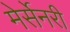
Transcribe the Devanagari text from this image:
मेर्सेनरी